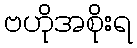
ဗဟိုအစိုးရ